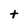
Character: t